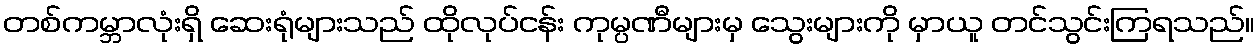
တစ်ကမ္ဘာလုံးရှိ ဆေးရုံများသည် ထိုလုပ်ငန်း ကုမ္ပဏီများမှ သွေးများကို မှာယူ တင်သွင်းကြရသည်။